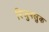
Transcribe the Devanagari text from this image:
रिजुपलुक